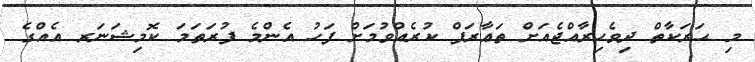
މި ޙަރަކާތް ދިވެހިރާއްޖެއަށް ތަޢާރަފް ކުރެއްވުމަށް ފަހު އެންމެ ފުރަތަމަ ކޮމިޝަނަރ އެއްގެ